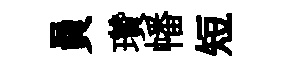
員瓚幡短